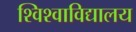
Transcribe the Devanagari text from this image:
श्विश्वाविद्यालय